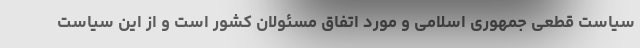
سیاست قطعی جمهوری اسلامی و مورد اتفاق مسئولان کشور است و از این سیاست